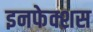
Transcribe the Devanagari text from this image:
इनफेक्शस